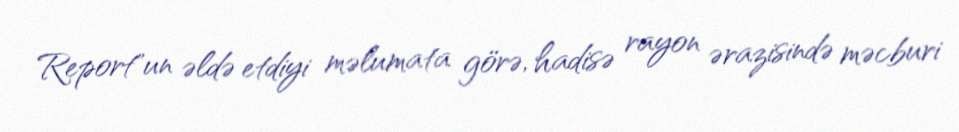
Report"un əldə etdiyi məlumata görə, hadisə rayon ərazisində məcburi